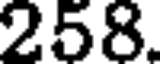
258.